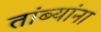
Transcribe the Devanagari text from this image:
तांब्यांना